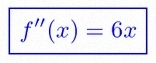
f''(x)=6x